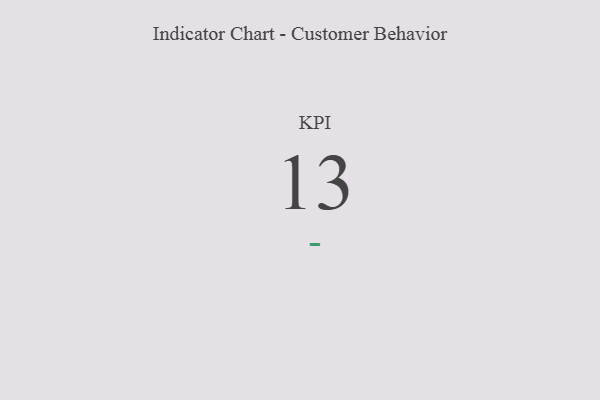
{"axis": {"x": "KPI", "y": "Value"}, "legend": [""], "data": [{"x": "KPI", "y": 13, "type": ""}]}